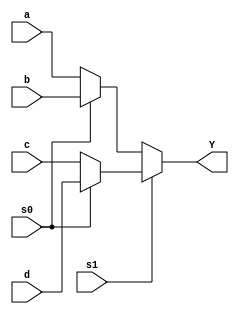
module MUX4x1(output Y, input a, b, c, d, s0, s1);
    
    assign Y = s1 ? (s0 ? d : c) : (s0 ? b : a);

endmodule